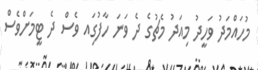
މުހައްމަދު ވަހީދު މިއަދު މެޗުގެ ދެ ވަނަ ހާފުގަިއ ވެސް ދެ ޓީމަށްވެސް